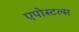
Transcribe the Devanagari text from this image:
एपोस्टल्स